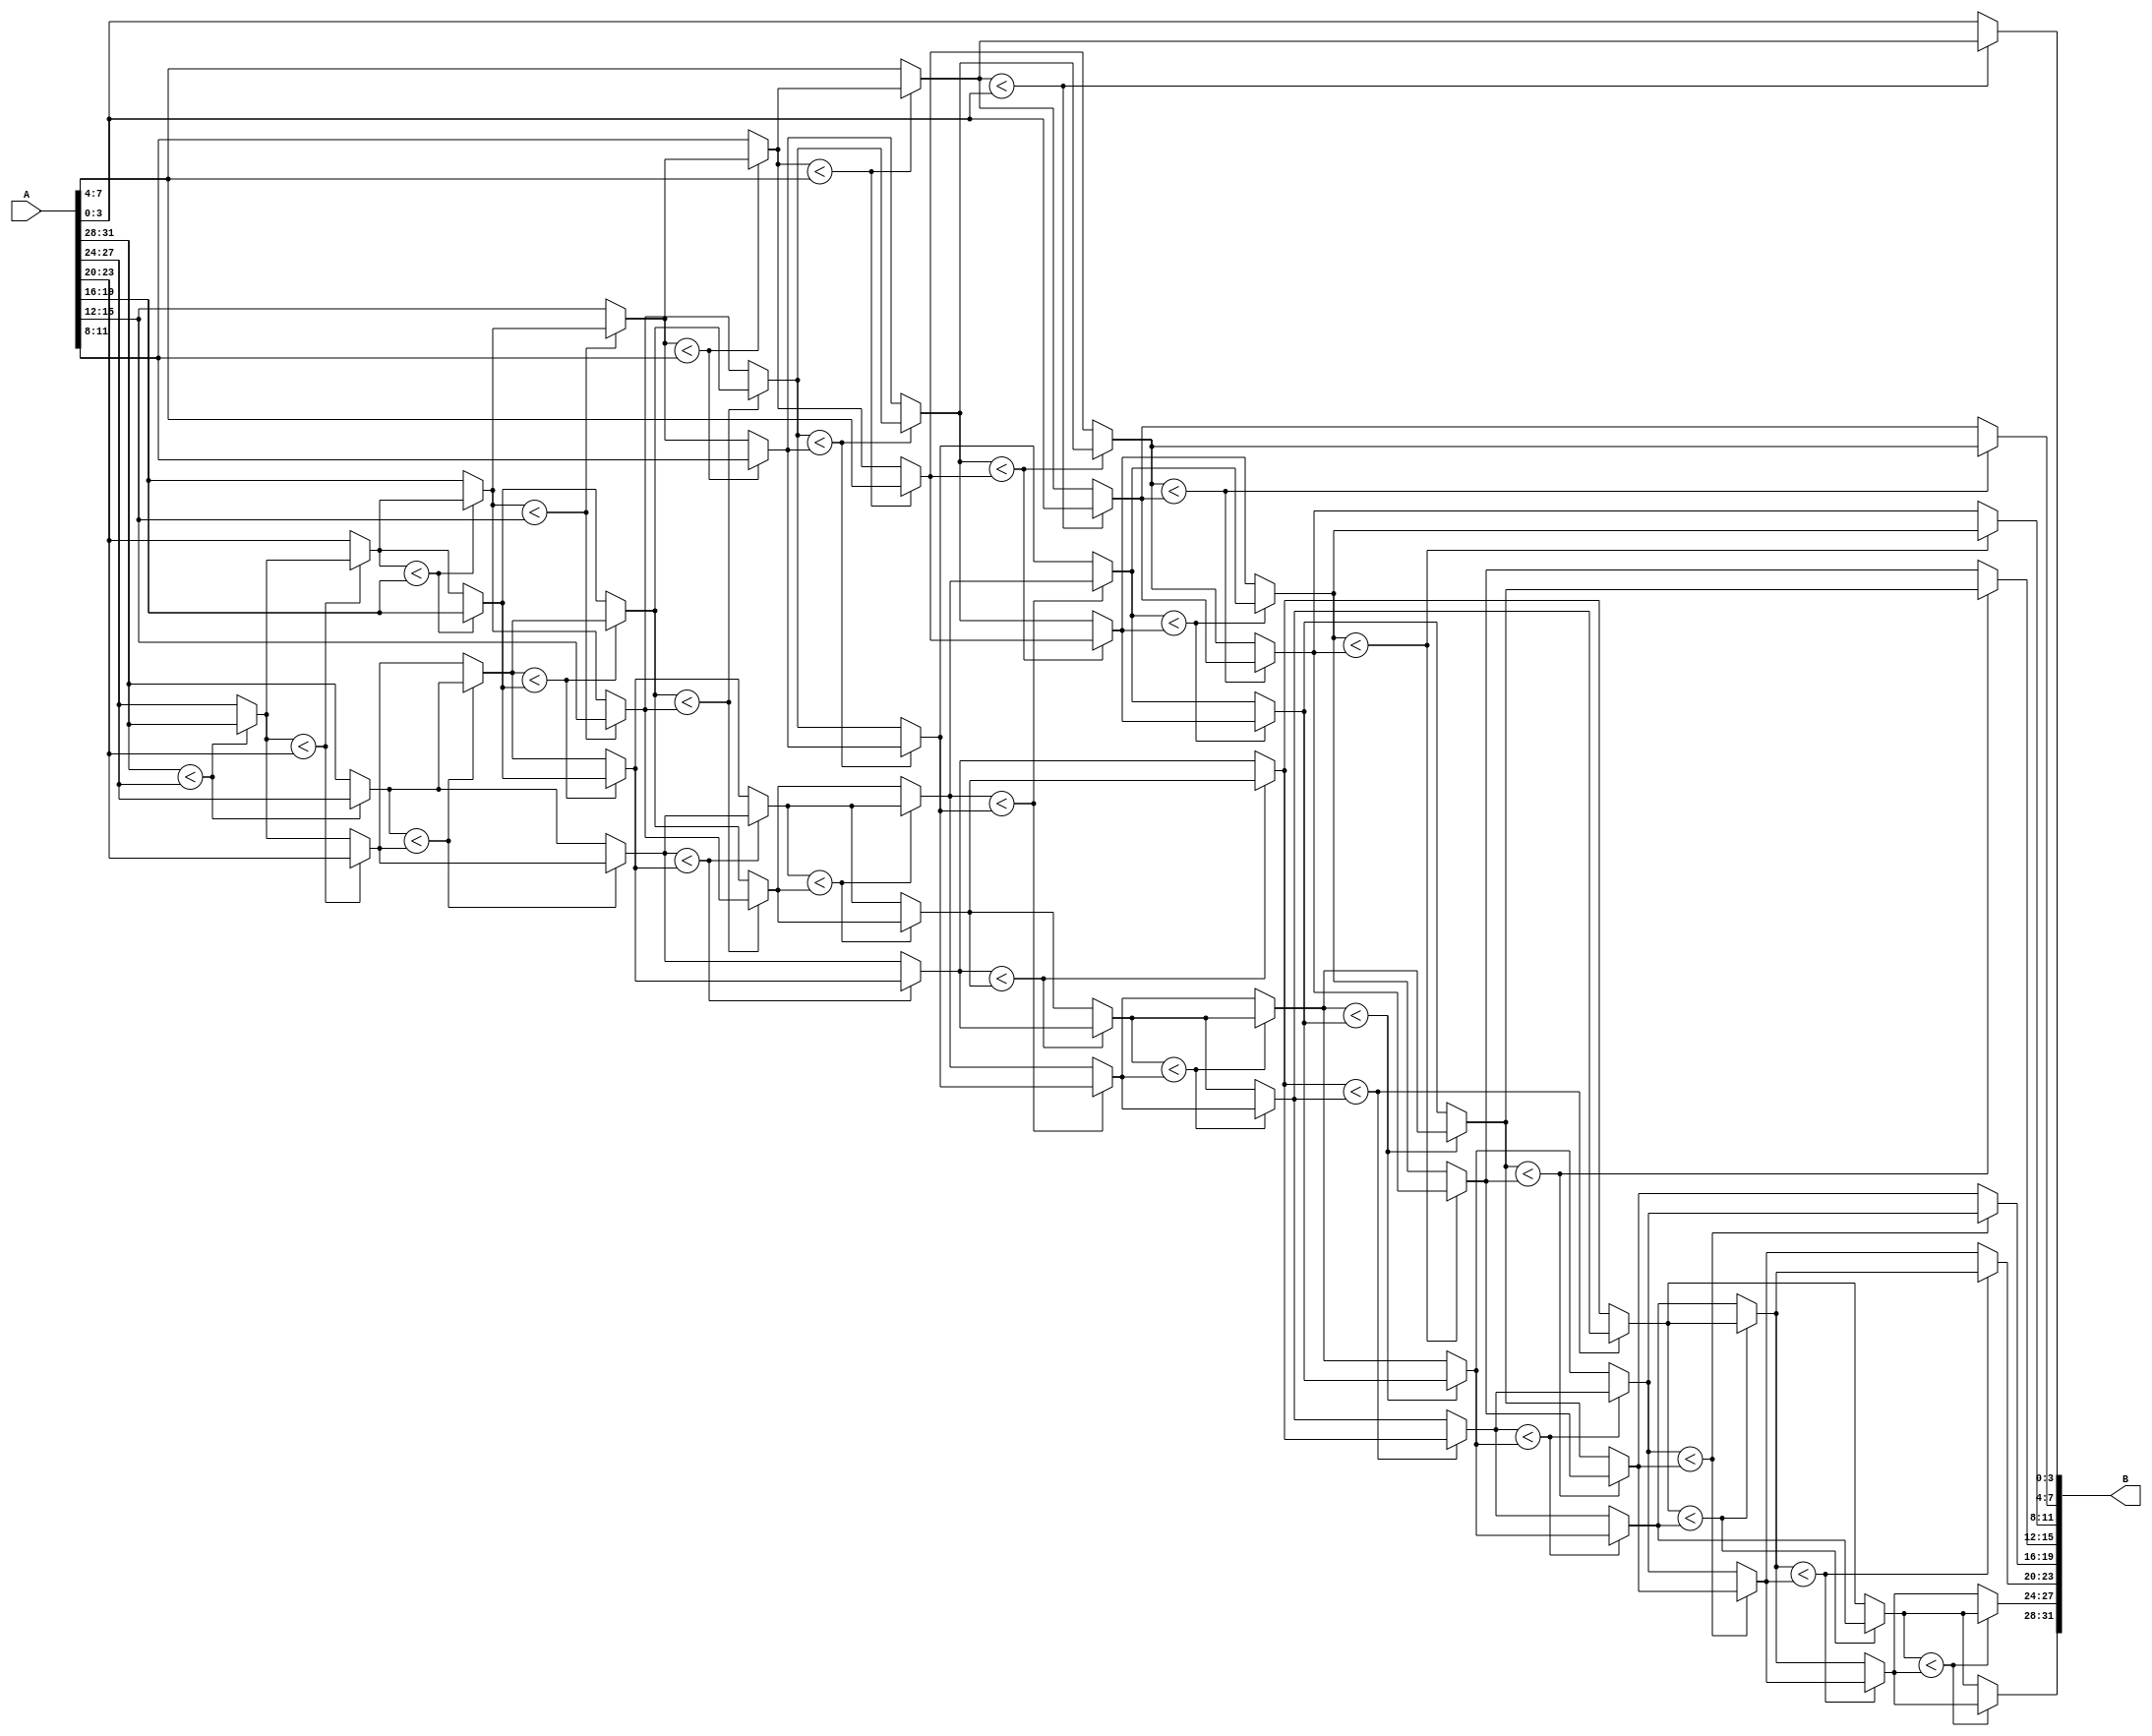
module sort(input [31:0] A,output [31:0] B);
	integer i,j,k,tmp;
	reg [0:3]array[7:0];
	always@(*)begin
		for(i=7;i>=0;i--)begin
			array[i]=A[(i*4)+:4];
		end
		
		for(j=0;j<7;j++)begin
			for(k=7;k>j;k--)begin
			if(array[k]<array[k-1])begin
				tmp=array[k];
				array[k]=array[k-1];
				array[k-1]=tmp;
			end
			end
		end
	end
	genvar o;
	generate
	for(o=7;o>=0;o=o-1)begin
		assign B[((o*4))+:4]=array[o];
	end
	endgenerate
endmodule